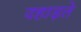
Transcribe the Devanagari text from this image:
दहाड़ते